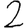
Digit: 2